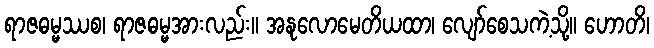
ရာဇဓမ္မဿစ၊ ရာဇဓမ္မအားလည်း။ အနုလောမေတိယထာ၊ လျော်စေသကဲ့သို့။ ဟောတိ၊